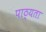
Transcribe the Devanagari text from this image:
पाठ्यता